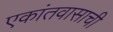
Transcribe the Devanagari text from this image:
एकांतवासाची